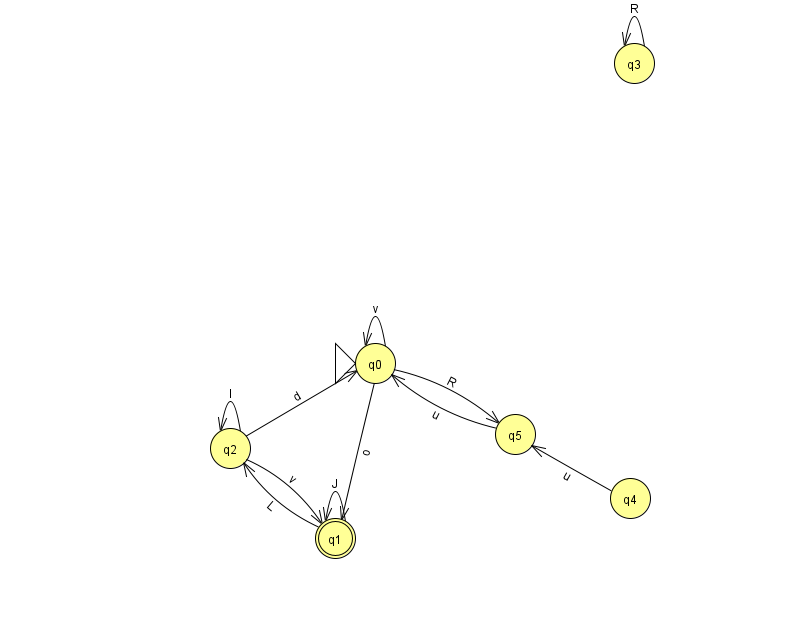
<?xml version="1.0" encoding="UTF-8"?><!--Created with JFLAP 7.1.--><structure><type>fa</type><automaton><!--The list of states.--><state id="0" name="q0"><x>375.0</x><y>350.0</y><initial/></state><state id="1" name="q1"><x>335.0</x><y>525.0</y><final/></state><state id="2" name="q2"><x>230.0</x><y>435.0</y></state><state id="3" name="q3"><x>634.0</x><y>50.0</y></state><state id="4" name="q4"><x>630.0</x><y>485.0</y></state><state id="5" name="q5"><x>515.0</x><y>421.0</y></state><!--The list of transitions.--><transition><from>0</from><to>5</to><read>R</read></transition><transition><from>2</from><to>0</to><read>d</read></transition><transition><from>3</from><to>3</to><read>R</read></transition><transition><from>0</from><to>1</to><read>o</read></transition><transition><from>1</from><to>2</to><read>L</read></transition><transition><from>0</from><to>0</to><read>v</read></transition><transition><from>5</from><to>0</to><read>u</read></transition><transition><from>4</from><to>5</to><read>u</read></transition><transition><from>1</from><to>1</to><read>J</read></transition><transition><from>2</from><to>2</to><read>l</read></transition><transition><from>2</from><to>1</to><read>v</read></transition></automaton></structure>